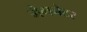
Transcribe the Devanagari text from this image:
मैगनेटर